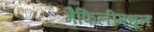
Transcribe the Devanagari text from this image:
मैफिलींमधून